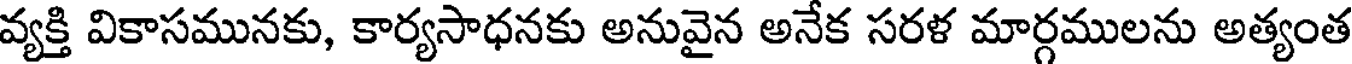
వ్యక్తి వికాసమునకు, కార్యసాధనకు అనువైన అనేక సరళ మార్గములను అత్యంత